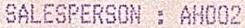
SALESPERSON : AH002